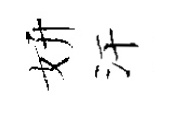
妍汗